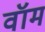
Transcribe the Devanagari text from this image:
वॉम